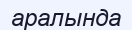
аралында